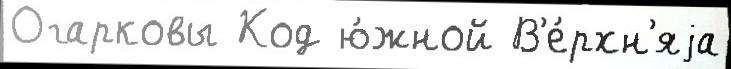
Огарковы Код ю́жной В'е́рхн'яjа